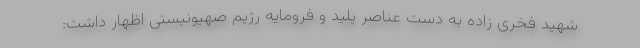
شهید فخری زاده به دست عناصر پلید و فرومایه رژیم صهیونیستی اظهار داشت: